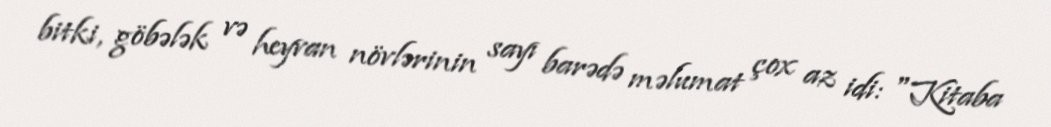
bitki, göbələk və heyvan növlərinin sayı barədə məlumat çox az idi: "Kitaba